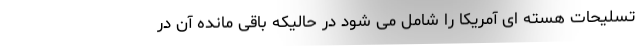
تسلیحات هسته ای آمریکا را شامل می شود در حالیکه باقی مانده آن در